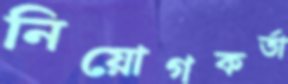
নিয়োগকর্তা